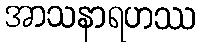
အာသနာရဟဿ